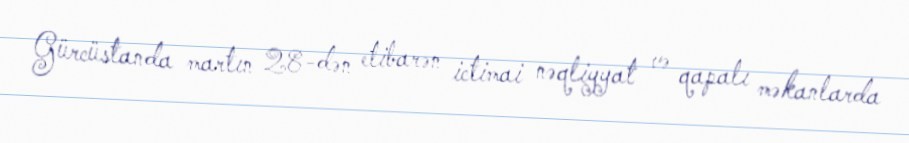
Gürcüstanda martın 28-dən etibarən ictimai nəqliyyat və qapalı məkanlarda